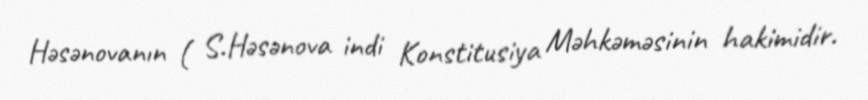
Həsənovanın ( S.Həsənova indi Konstitusiya Məhkəməsinin hakimidir.